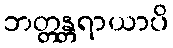
ဘတ္တန္တရာယာပိ